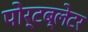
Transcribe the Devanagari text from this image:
पोर्टब्लेटर